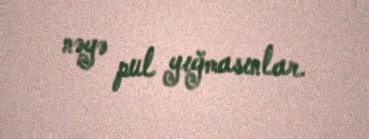
nəyə pul yığmasınlar.